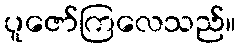
ပူဇော်ကြလေသည်။